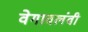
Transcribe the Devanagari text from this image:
वेगावलंबी